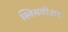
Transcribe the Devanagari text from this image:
स्विमवीअर